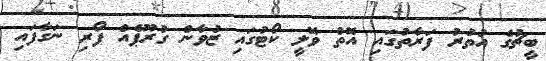
ބީޗުގެ އުތުރު ފަރާތުގައި އޮތް ވޮލީ ކޯޓުގައި ޒުވާން ގުރޫޕެއް ފޯރި ނަގާފައި